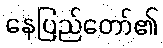
နေပြည်တော်၏